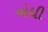
એધી